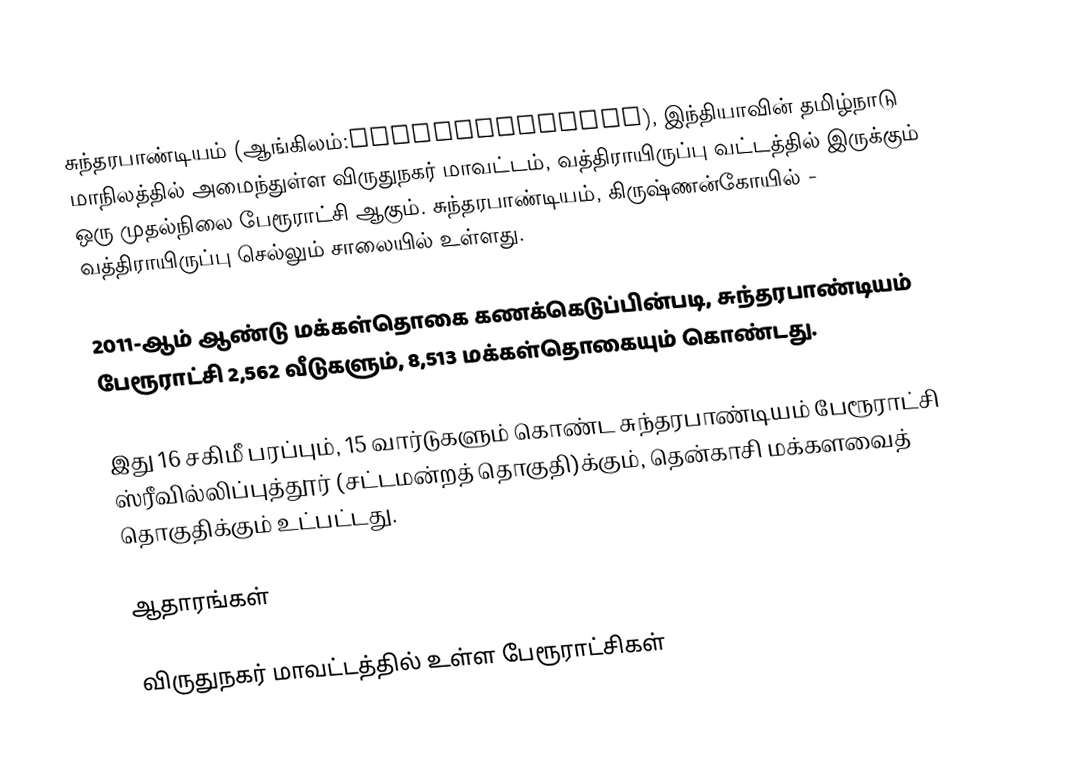
சுந்தரபாண்டியம் (ஆங்கிலம்:Sundarapandiam), இந்தியாவின் தமிழ்நாடு மாநிலத்தில் அமைந்துள்ள விருதுநகர் மாவட்டம், வத்திராயிருப்பு வட்டத்தில் இருக்கும் ஒரு முதல்நிலை பேரூராட்சி ஆகும். சுந்தரபாண்டியம், கிருஷ்ணன்கோயில் - வத்திராயிருப்பு செல்லும் சாலையில் உள்ளது.

2011-ஆம் ஆண்டு மக்கள்தொகை கணக்கெடுப்பின்படி, சுந்தரபாண்டியம் பேரூராட்சி   2,562  வீடுகளும்,   8,513   மக்கள்தொகையும் கொண்டது.

இது 16 சகிமீ பரப்பும்,      15 வார்டுகளும் கொண்ட சுந்தரபாண்டியம் பேரூராட்சி ஸ்ரீவில்லிப்புத்தூர் (சட்டமன்றத் தொகுதி)க்கும், தென்காசி மக்களவைத் தொகுதிக்கும் உட்பட்டது.

ஆதாரங்கள்

விருதுநகர் மாவட்டத்தில் உள்ள பேரூராட்சிகள்